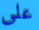
على